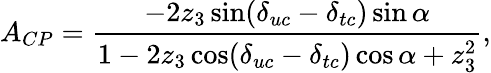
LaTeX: A_{CP}=\frac{-2z_{3}\sin(\delta_{uc}-\delta_{tc})\sin\alpha}{1-2z_{3}\cos(\delta_{uc}-\delta_{tc})\cos\alpha+z_{3}^{2}},